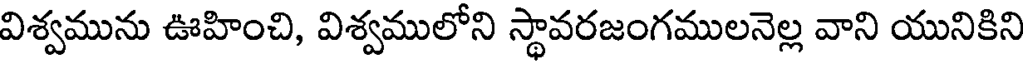
విశ్వమును ఊహించి, విశ్వములోని స్థావరజంగములనెల్ల వాని యునికిని